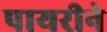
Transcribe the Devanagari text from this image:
पायरीने